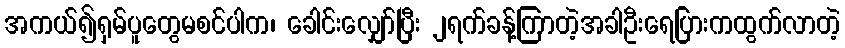
အကယ်၍ရှမ်ပူတွေမစင်ပါက၊ ခေါင်းလျှော်ပြီး ၂ရက်ခန့်ကြာတဲ့အခါဦးရေပြားကထွက်လာတဲ့